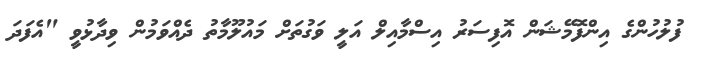
ފުލުހުންގެ އިންފޮމޭޝަން އޮފިސަރު އިސްމާއިލް އަލީ ވަގުތަށް މައުލޫމާތު ދެއްވަމުން ވިދާޅުވީ "އެފަދަ